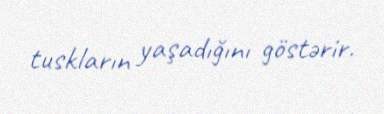
tuskların yaşadığını göstərir.